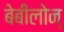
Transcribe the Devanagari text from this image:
बेबीलोन्